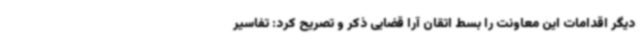
دیگر اقدامات این معاونت را بسط اتقان آرا قضایی ذکر و تصریح کرد: تفاسیر